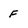
Character: F